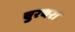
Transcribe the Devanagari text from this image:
चुरथरा